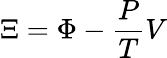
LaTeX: \Xi=\Phi-{\frac{P}{T}}V